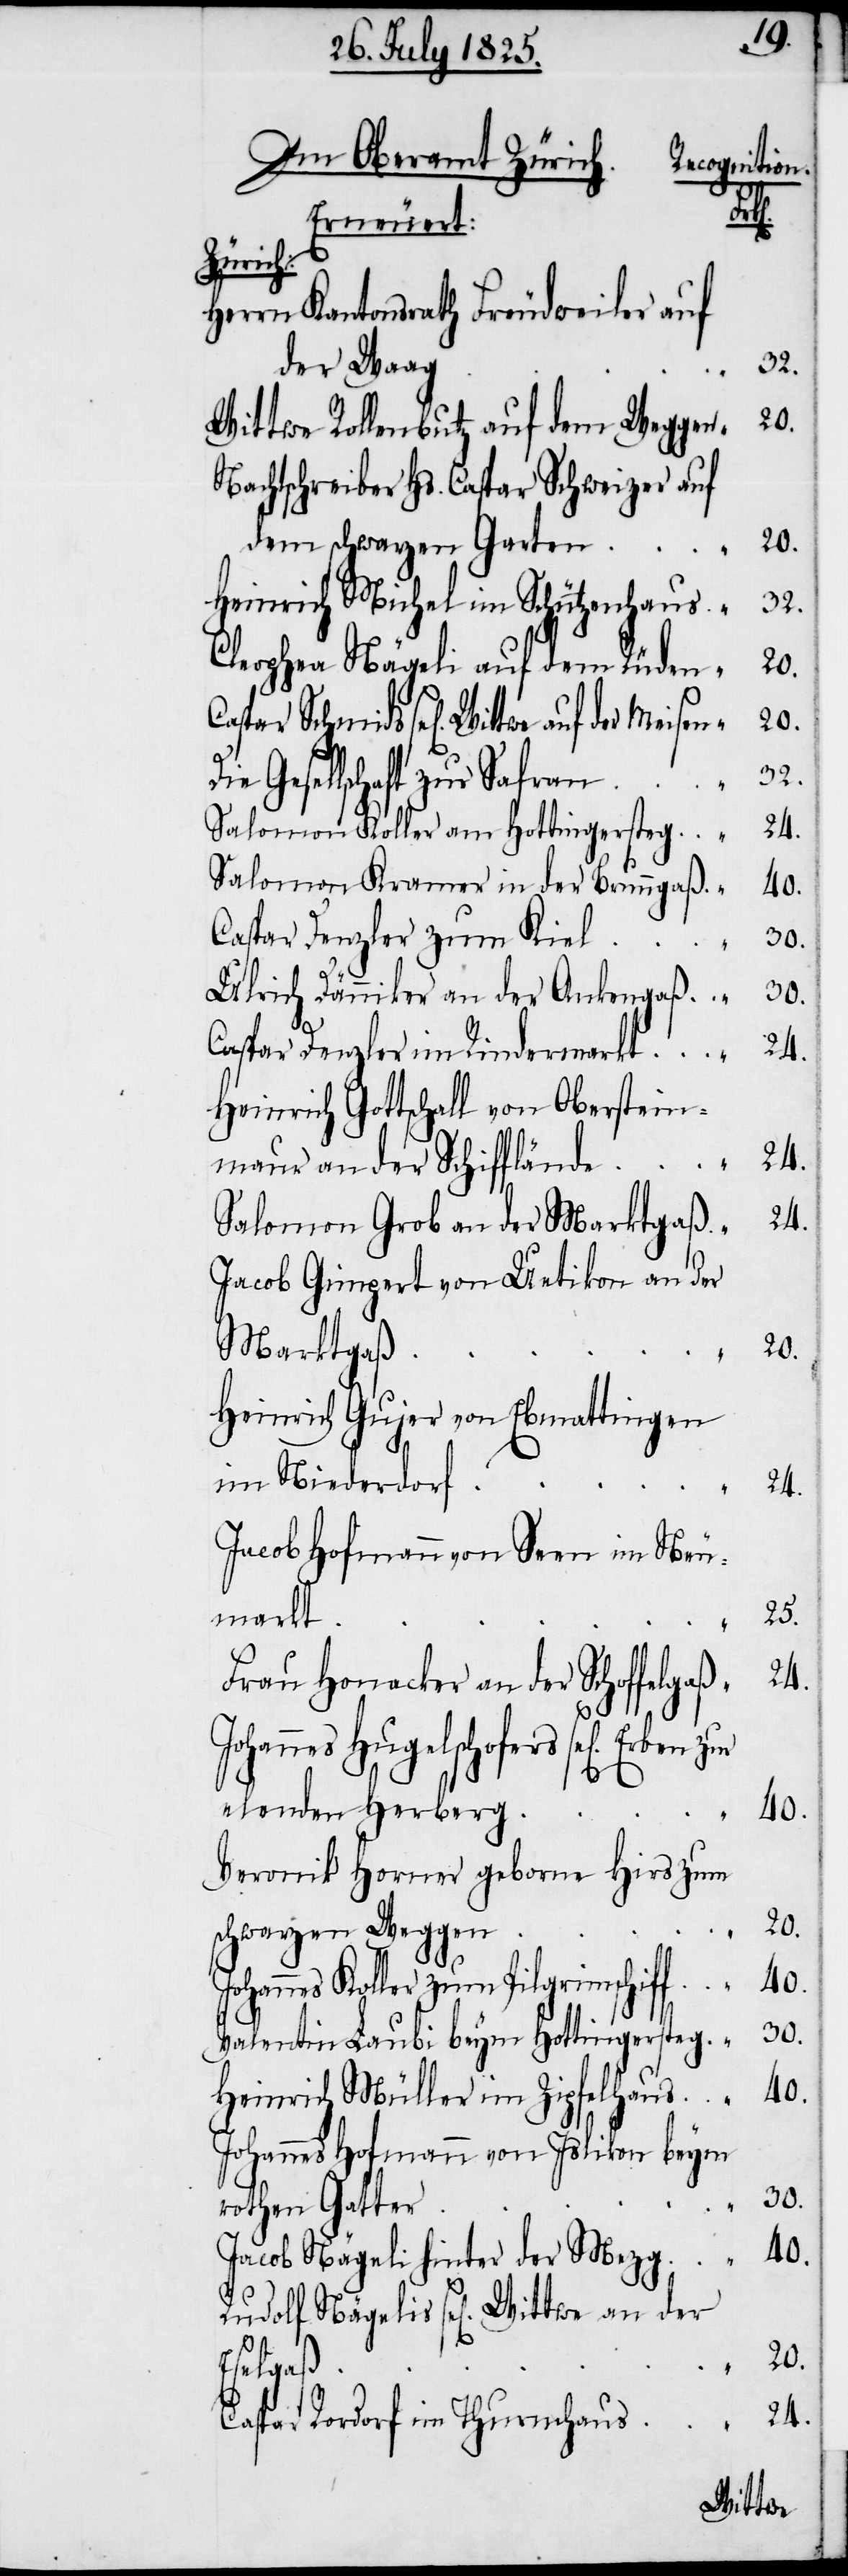
r	“	30.
Im Oberamt Zürich.
Recognition
der
Erneuert:
Zürich:
Herrn Kantonsrath Freudweiler auf
Wittwe Rollenbutz auf dem Weggen
Nachtschreiber Hs. Caspar Schweizer
Heinrich Michel im Schützenhaus	“	32.
Cleophea Nägeli auf dem Rüden	“	20.
Caspar Schmids sel[igen] Wittwe auf
Gesellschaft zur Safra¬
n	“	32.
Salomon Koller am Hottingersteg	“	24.
Salomon Kramer in der Brunngaß	“	40.
Caspar Denzler zum Kie¬
Ulrich Dänniker an der Ankengaß	“	30.
Caspar Denzler im Rindermarkt	“	24.
Heinrich Gottschall von Oberstein¬
maur an der Schifflände	“	24.
Salomon Grob an der Marktgaß	“	24.
Jacob Gimpert von Uetikon an der
Heinrich Gujer von Ebmatingen
im Niederdorf	“	24.
Jacob Hofmann von Seen im Neu¬
mark¬
Frau Honacker an der Schoffelgaß	“	24.
Rudolf Nägelis sel[igen]
elenden Herber¬
g	“	40.
Veronik Horner geborne Hirs zum
s	“	24.
Johannes Koller zum Pilgrimschiff	“	40.
Valentin Laubi beym Hottingersteg	“	30.
Heinrich Müller im Zipfelhau¬
Johannes Hofmann von Islikon beym
rothen Gatte¬
Jacob Nägeli hinter der Mezg	“	40.
Caspar Rordorf im Thurmhau¬
Wittwe